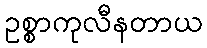
ဥစ္စာကုလီနတာယ